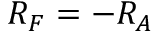
R _ { F } = - R _ { A }